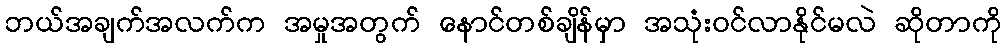
ဘယ်အချက်အလက်က အမှုအတွက် နောင်တစ်ချိန်မှာ အသုံးဝင်လာနိုင်မလဲ ဆိုတာကို